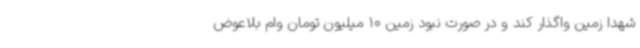
شهدا زمین واگذار کند و در صورت نبود زمین 10 میلیون تومان وام بلاعوض